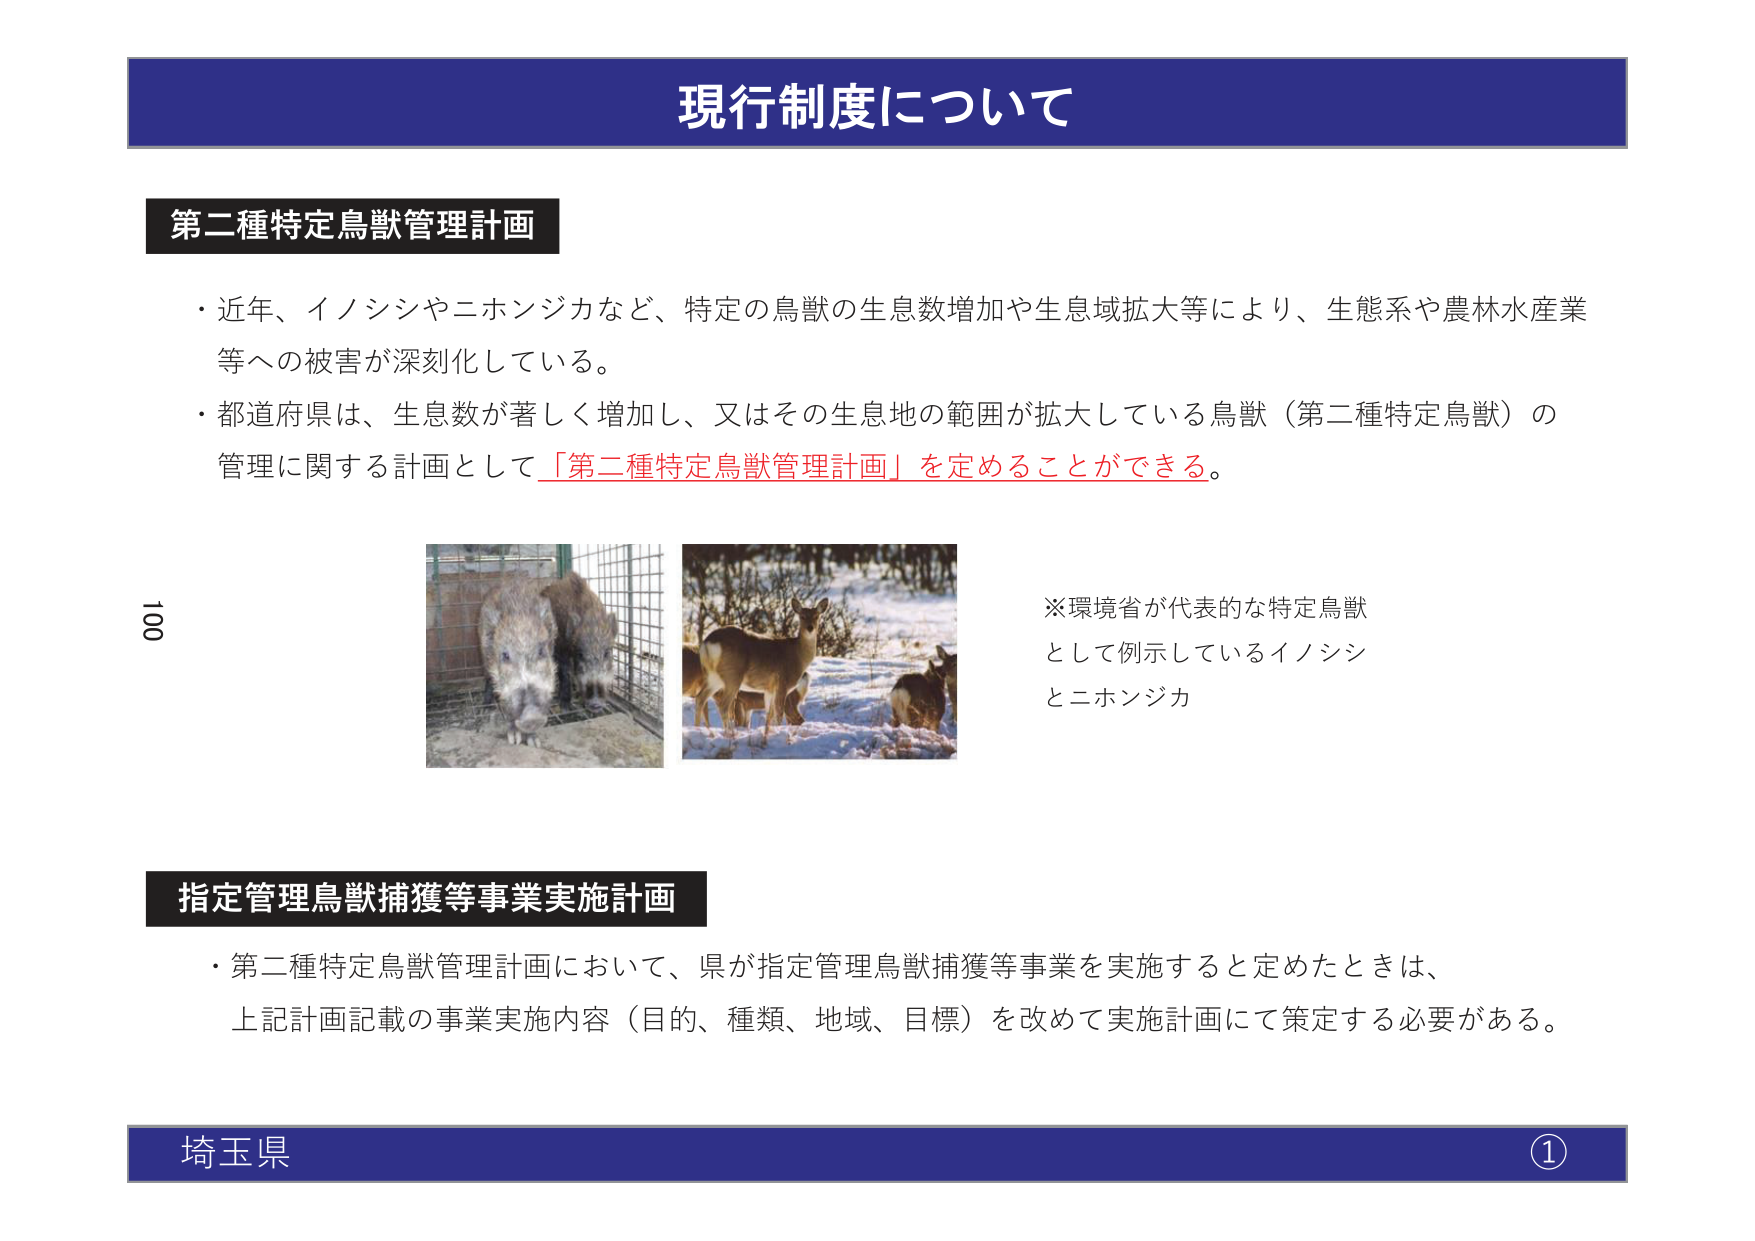
現行制度について

第二種特定鳥獣管理計画
・近年、イノシシやニホンジカなど、特定の鳥獣の生息数増加や生息域拡大等により、生態系や農林水産業等への被害が深刻化している。
・都道府県は、生息数が著しく増加し、又はその生息地の範囲が拡大している鳥獣（第二種特定鳥獣）の管理に関する計画として「第二種特定鳥獣管理計画」を定めることができる。

※環境省が代表的な特定鳥獣として例示しているイノシシとニホンジカ

指定管理鳥獣捕獲等事業実施計画
・第二種特定鳥獣管理計画において、県が指定管理鳥獣捕獲等事業を実施すると定めたときは、上記計画記載の事業実施内容（目的、種類、地域、目標）を改めて実施計画にて策定する必要がある。

埼玉県 ①

100